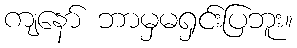
ကျနော် ဘာမှမရှင်းပြဘူး။